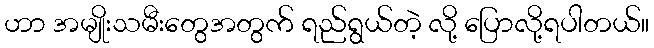
ဟာ အမျိုးသမီးတွေအတွက် ရည်ရွယ်တဲ့ လို့ ပြောလို့ရပါတယ်။